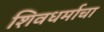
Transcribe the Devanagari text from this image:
शिवधर्माचा